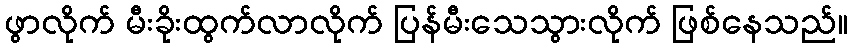
ဖွာလိုက် မီးခိုးထွက်လာလိုက် ပြန်မီးသေသွားလိုက် ဖြစ်နေသည်။